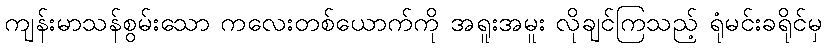
ကျန်းမာသန်စွမ်းသော ကလေးတစ်ယောက်ကို အရူးအမူး လိုချင်ကြသည့် ရုံမင်းခရိုင်မှ